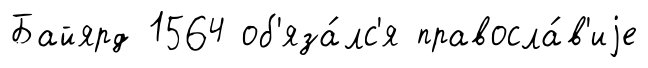
Байярд 1564 об'яза́лс'я правосла́в'иjе